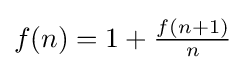
\textstyle f(n)=1+{\frac {f(n+1)}{n}}